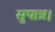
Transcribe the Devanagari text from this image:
सुपात्र।